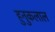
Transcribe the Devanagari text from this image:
हुनुकलाल